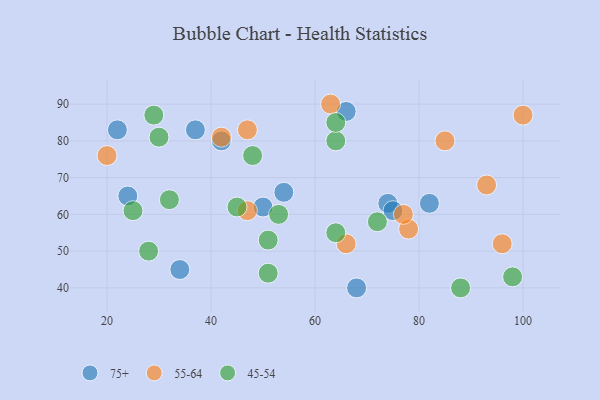
{"axis": {"x": "GDP", "y": "Life Expectancy"}, "legend": ["45-54", "55-64", "75+"], "data": [{"x": "34", "y": 45, "type": "75+"}, {"x": "68", "y": 40, "type": "75+"}, {"x": "22", "y": 83, "type": "75+"}, {"x": "66", "y": 88, "type": "75+"}, {"x": "24", "y": 65, "type": "75+"}, {"x": "54", "y": 66, "type": "75+"}, {"x": "50", "y": 62, "type": "75+"}, {"x": "74", "y": 63, "type": "75+"}, {"x": "75", "y": 61, "type": "75+"}, {"x": "37", "y": 83, "type": "75+"}, {"x": "82", "y": 63, "type": "75+"}, {"x": "42", "y": 80, "type": "75+"}, {"x": "47", "y": 61, "type": "55-64"}, {"x": "42", "y": 81, "type": "55-64"}, {"x": "20", "y": 76, "type": "55-64"}, {"x": "85", "y": 80, "type": "55-64"}, {"x": "93", "y": 68, "type": "55-64"}, {"x": "96", "y": 52, "type": "55-64"}, {"x": "78", "y": 56, "type": "55-64"}, {"x": "100", "y": 87, "type": "55-64"}, {"x": "77", "y": 60, "type": "55-64"}, {"x": "66", "y": 52, "type": "55-64"}, {"x": "63", "y": 90, "type": "55-64"}, {"x": "47", "y": 83, "type": "55-64"}, {"x": "72", "y": 58, "type": "45-54"}, {"x": "51", "y": 44, "type": "45-54"}, {"x": "88", "y": 40, "type": "45-54"}, {"x": "64", "y": 55, "type": "45-54"}, {"x": "30", "y": 81, "type": "45-54"}, {"x": "51", "y": 53, "type": "45-54"}, {"x": "64", "y": 80, "type": "45-54"}, {"x": "53", "y": 60, "type": "45-54"}, {"x": "98", "y": 43, "type": "45-54"}, {"x": "32", "y": 64, "type": "45-54"}, {"x": "29", "y": 87, "type": "45-54"}, {"x": "45", "y": 62, "type": "45-54"}, {"x": "28", "y": 50, "type": "45-54"}, {"x": "64", "y": 85, "type": "45-54"}, {"x": "48", "y": 76, "type": "45-54"}, {"x": "25", "y": 61, "type": "45-54"}]}